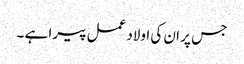
جس پر ان کی اولاد عمل پیرا ہے ۔